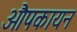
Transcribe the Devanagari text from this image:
औपकायन